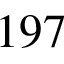
1 9 7